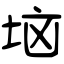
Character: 垴